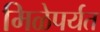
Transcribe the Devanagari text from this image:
मिळेपर्यत